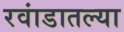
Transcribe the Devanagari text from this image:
रवांडातल्‍या